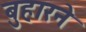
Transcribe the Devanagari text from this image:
बुहारने